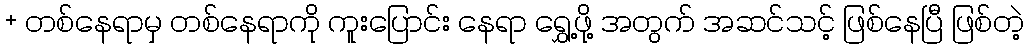
+ တစ်နေရာမှ တစ်နေရာကို ကူးပြောင်း နေရာ ရွှေ့ဖို့ အတွက် အဆင်သင့် ဖြစ်နေပြီ ဖြစ်တဲ့